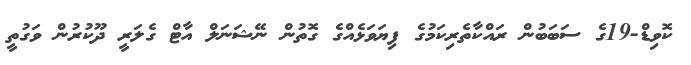
ކޮވިޑް-19ގެ ސަބަބުން ރައްކާތެރިކަމުގެ ފިޔަވަޅެއްގެ ގޮތުން ނޭޝަނަލް އާޓް ގެލަރީ ދޫކުރުން ވަގުތީ